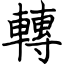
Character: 轉